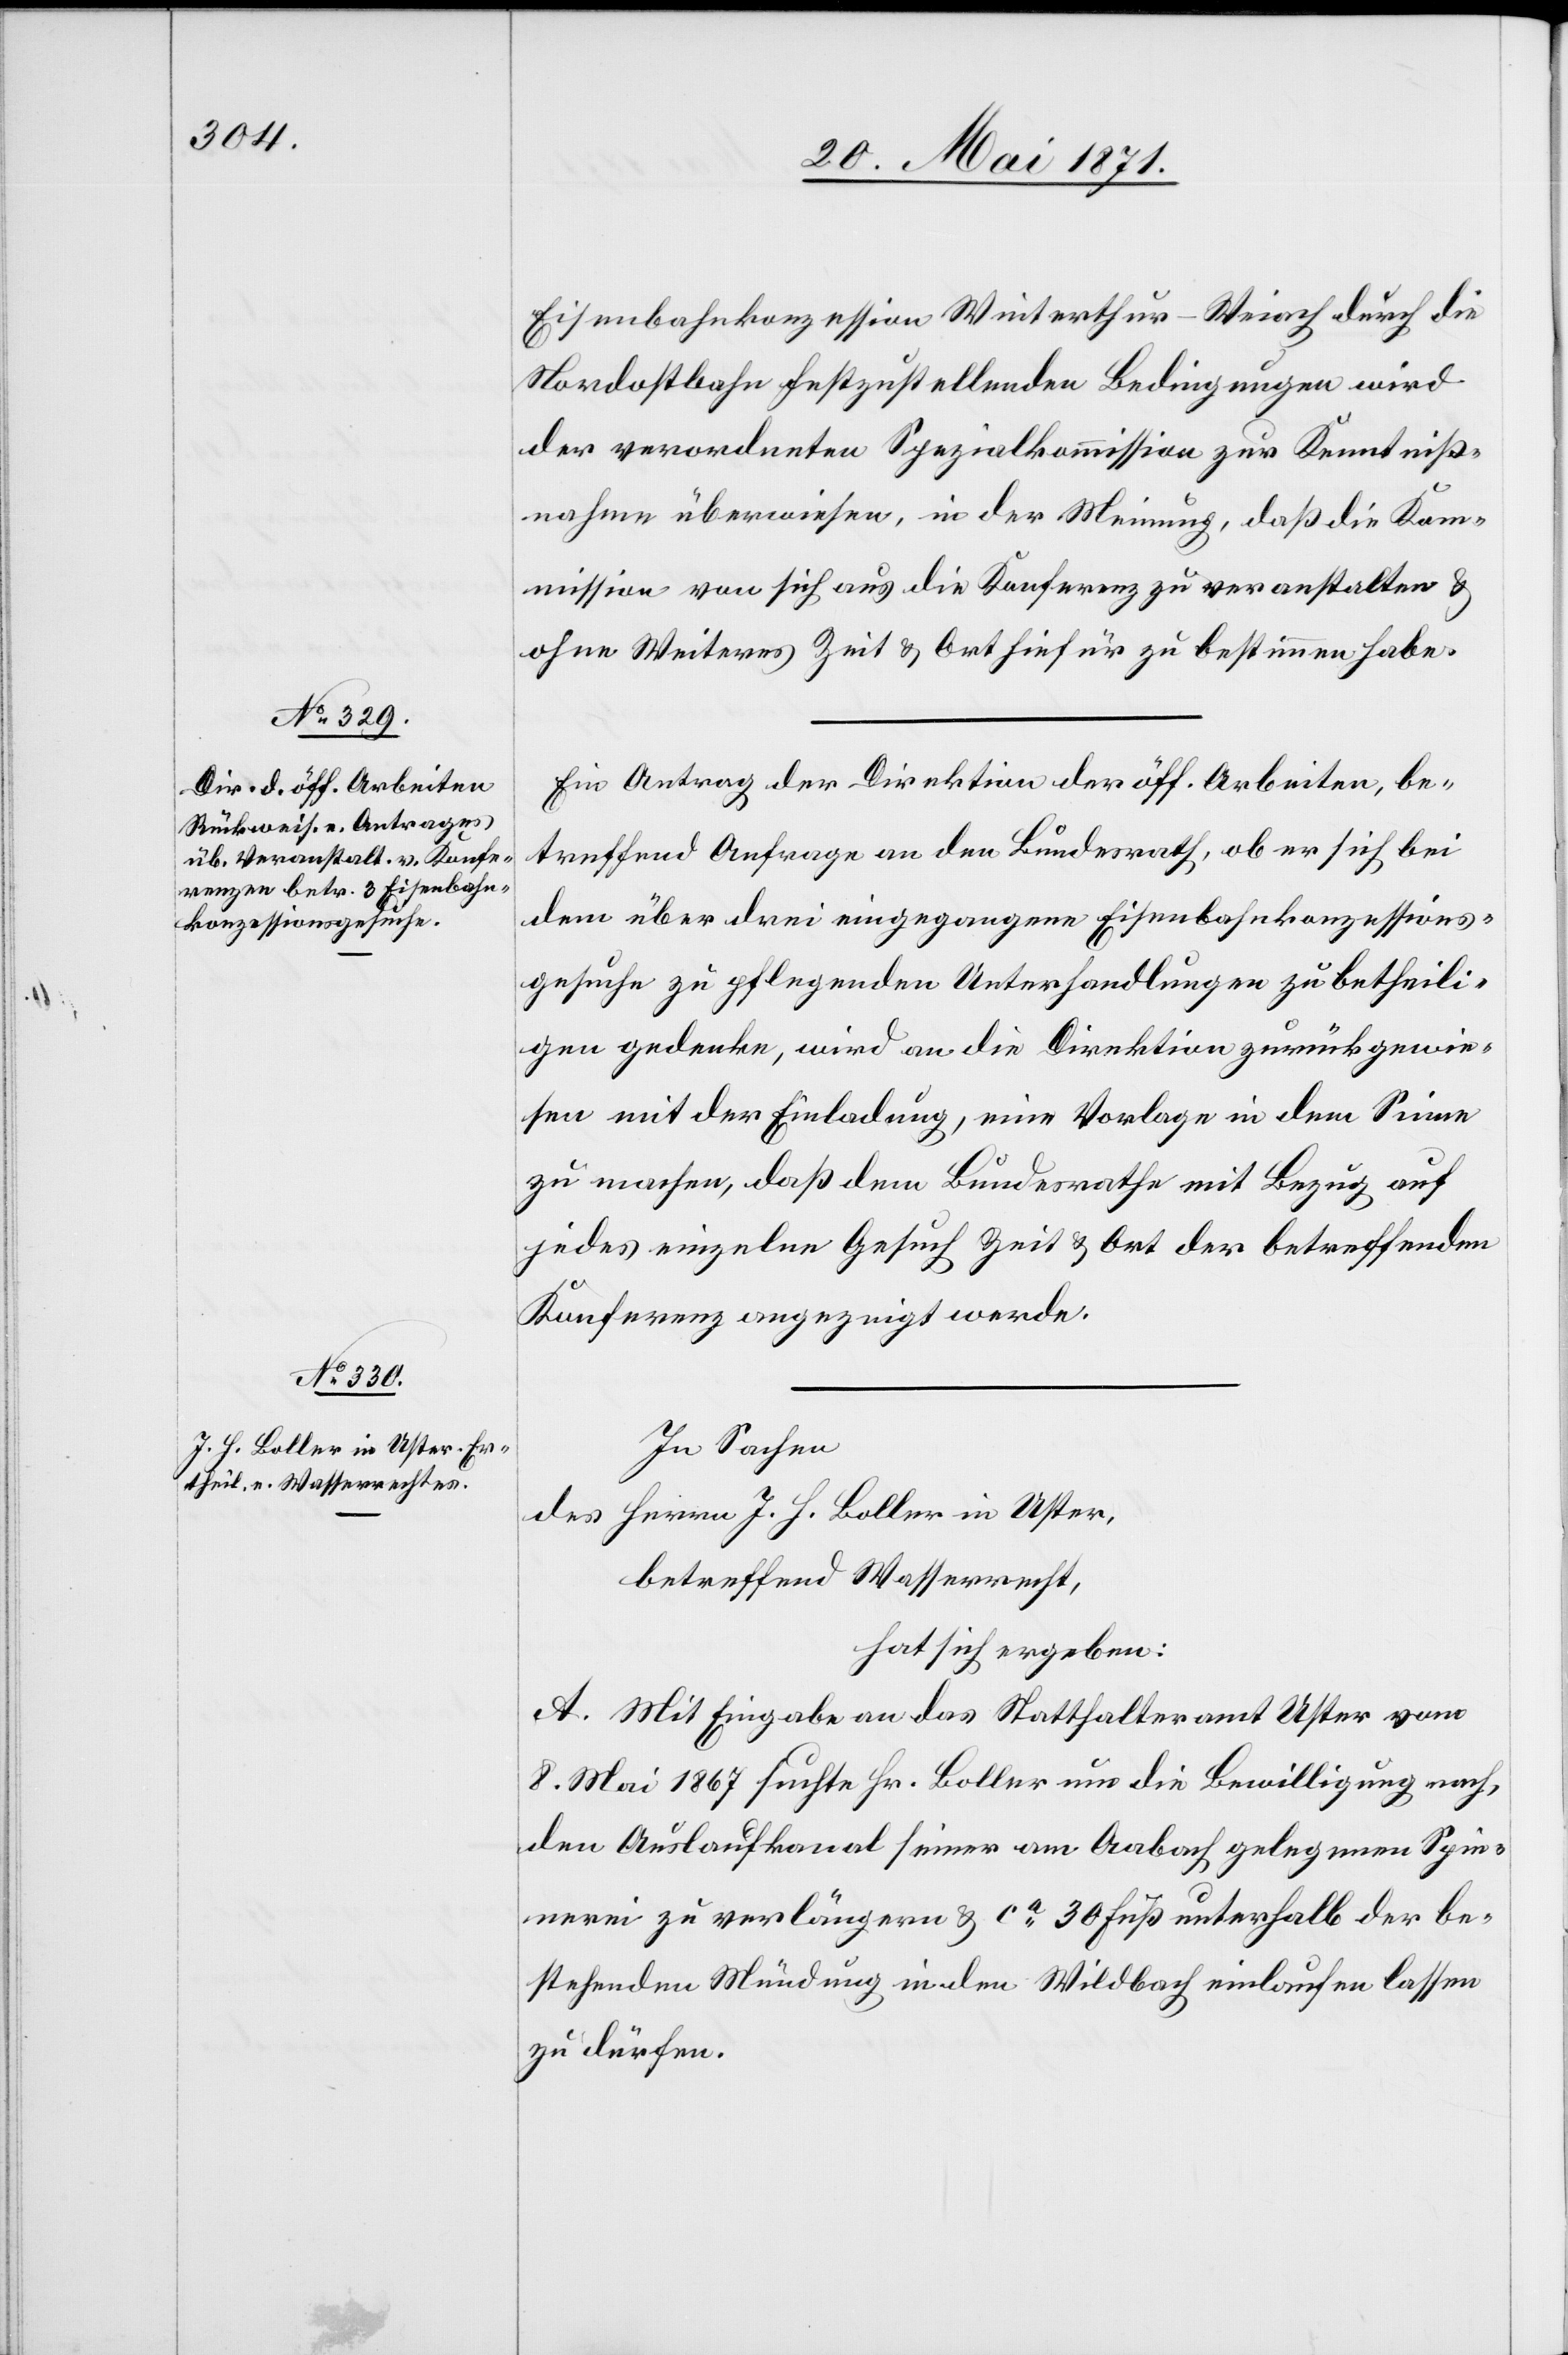
Eisenbahnkonzession Winterthur-Weiach durch die
Nordostbahn festzustellenden Bedingungen wird
der verordneten Spezialkommission zur Kenntniß¬
nahme überwiesen, in der Meinung, daß die Kom¬
mission von sich aus die Konferenz zu veranstalten u.
ohne Weiteres Zeit u. Ort hiefür zu bestimmen habe.
Ein Antrag der Direktion der öff. Arbeiten, be¬
treffend Anfrage an den Bundesrath, ob er sich bei
dem über drei eingegangene Eisenbahnkonzessions¬
gesuche zu pflegenden Unterhandlungen zu betheili¬
gen gedenke, wird an die Direktion zurückgewie¬
sen mit der Einladung, eine Vorlage in dem Sinne
zu machen, daß dem Bundesrathe mit Bezug auf
jedes einzelne Gesuch Zeit u. Ort der betreffenden
Konferenz angezeigt werde.
In Sachen
des Herrn J. H. Boller in Uster,
betreffend Wasserrecht,
hat sich ergeben:
A. Mit Eingabe an das Statthalteramt Uster vom
8. Mai 1867 suchte Hr. Boller um die Bewilligung nach,
den Auslaufkanal seiner am Aabach gelegenen Spin¬
nerei zu verlängern u. ca. 30 Fuß unterhalb der be¬
stehenden Mündung in den Wildbach einlaufen lassen
zu dürfen.